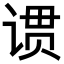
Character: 𬤆